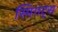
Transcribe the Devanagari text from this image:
स्पिगट्स